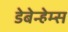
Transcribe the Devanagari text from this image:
डेबेन्हेम्स